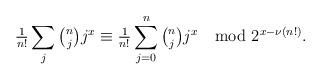
LaTeX: \begin{align*}{\tfrac1{n!}}\sum_{j}{\tbinom njj^x\equiv \tfrac1{n!}}\sum_{j=0}^n\tbinom njj^x\mod 2^{x-\nu(n!)}.\end{align*}